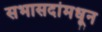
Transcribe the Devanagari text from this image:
सभासदांमधून